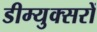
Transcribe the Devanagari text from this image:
डीम्युक्सरों